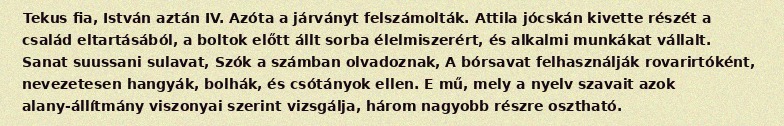
Tekus fia, István aztán IV. Azóta a járványt felszámolták. Attila jócskán kivette részét a család eltartásából, a boltok előtt állt sorba élelmiszerért, és alkalmi munkákat vállalt. Sanat suussani sulavat, Szók a számban olvadoznak, A bórsavat felhasználják rovarirtóként, nevezetesen hangyák, bolhák, és csótányok ellen. E mű, mely a nyelv szavait azok alany-állítmány viszonyai szerint vizsgálja, három nagyobb részre osztható.